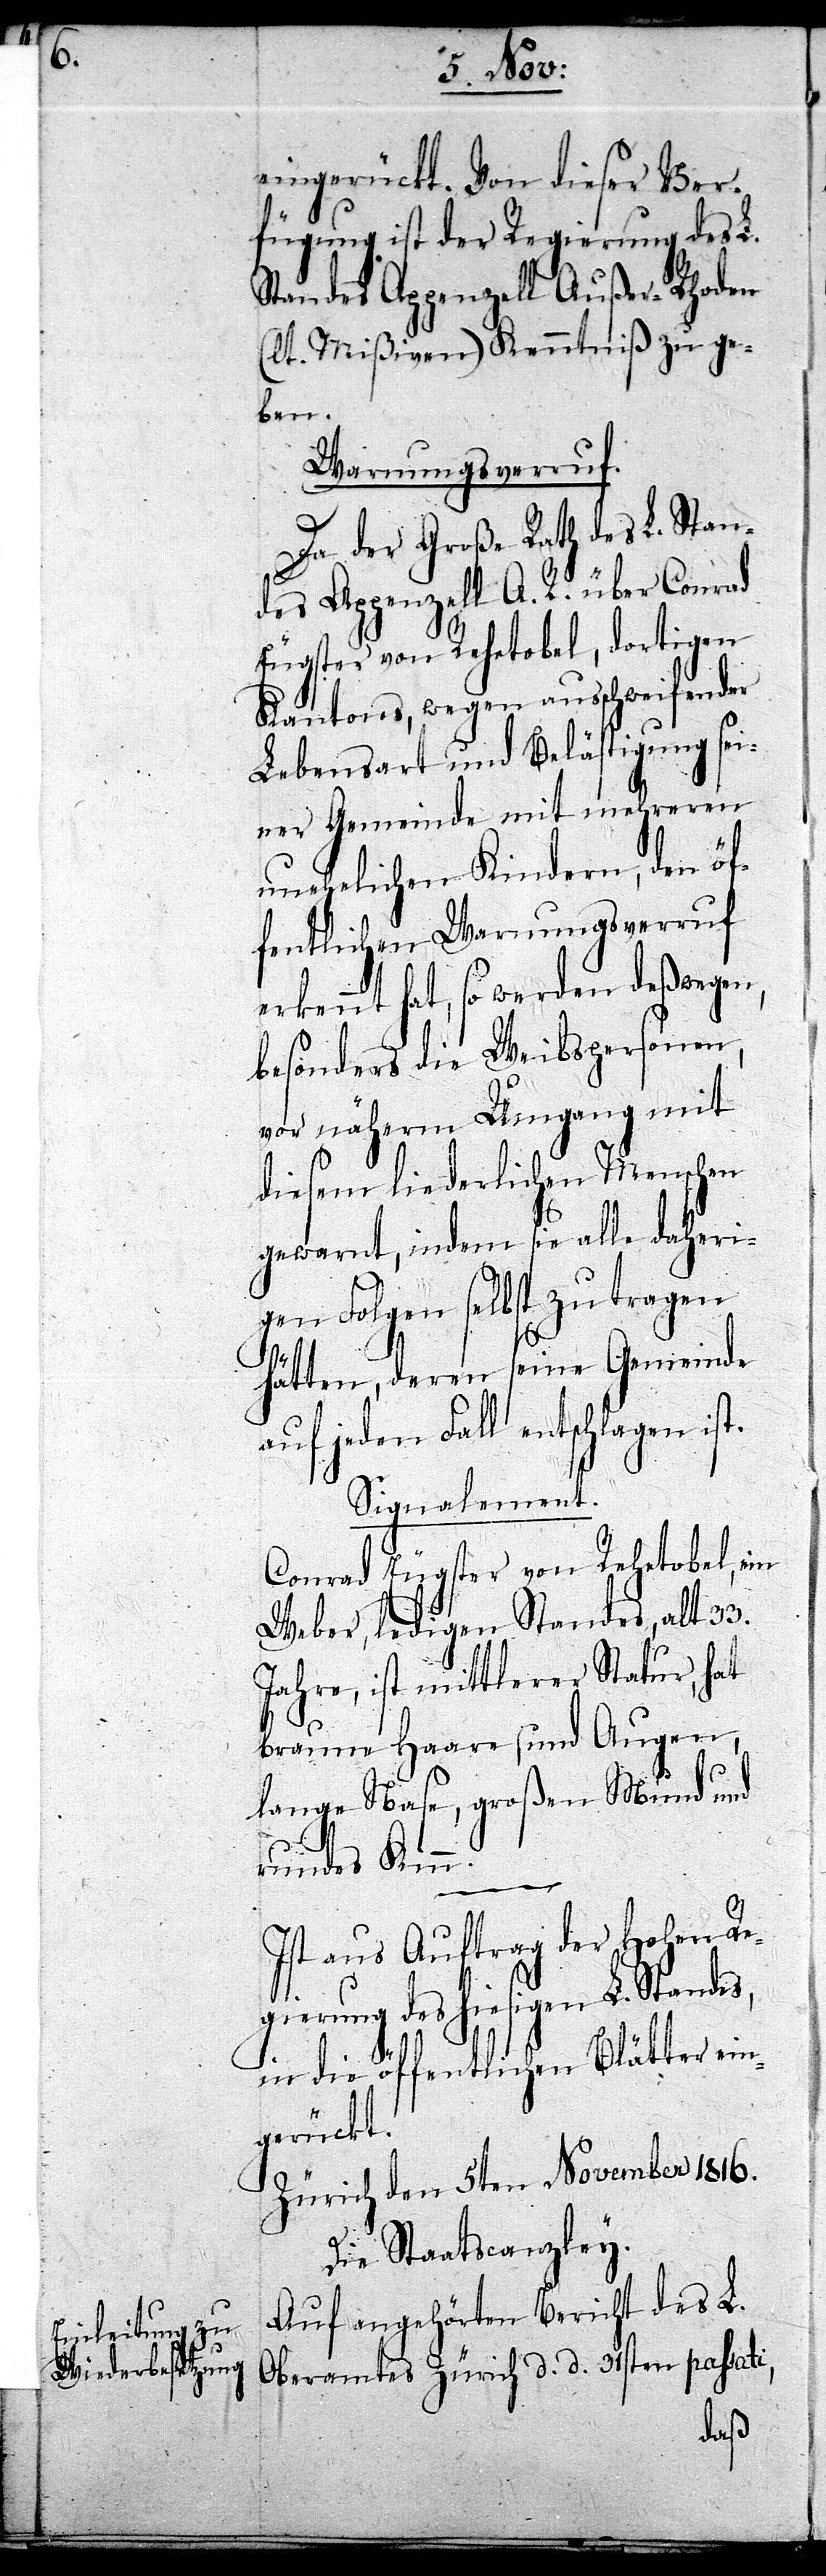
eingerückt. Von dieser Ver¬
fügung ist der Regierung des L.
Standes Appenzell Außer-Rhoden
(lt. Mißiven) Kenntniß zu ge¬
ben.
Warnungsverruf.
Da der Große Rath des L. Stan¬
des Appenzell A. R. über Conrad
Eugster von Rehetobel, dortigen
Kantones, wegen ausschweifender
Lebensart und Belästigung sei¬
ner Gemeinde mit mehreren
unehelichen Kindern, den öf¬
fentlichen Warnungsverruf
erkennt hat, so werden deßwegen,
besonders die Weibspersonen,
vor näherm Umgang mit
diesem liederlichen Menschen
gewarnt, indem sie alle daheri¬
gen Folgen selbst zu tragen
hätten, deren seine Gemeinde
auf jeden Fall entschlagen ist.
Signalement.
Conrad Eugster von Rehetobel, ein
Weber, ledigen Standes, alt 33.
Jahre, ist mittlerer Statur, hat
braune Haare und Augen,
lange Nase, großen Mund und
rundes Kinn.
Ist aus Auftrag der Hohen Re¬
gierung des hiesigen L. Standes,
in die öffentlichen Blätter ein¬
gerückt.
Zürich den 5ten November 1816.
Die Staatskanzley.
Auf angehörten Bericht des L.
Oberamtes Zürich d. d. 31sten passati,